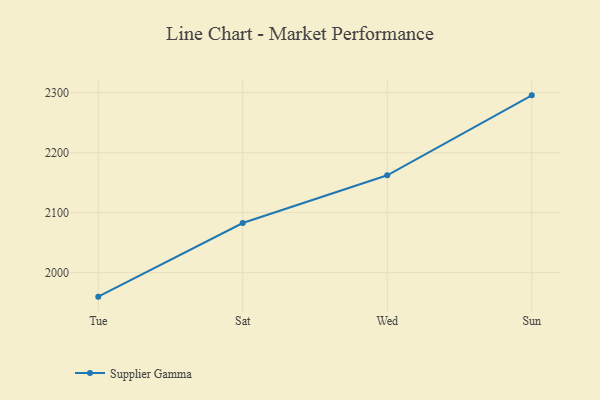
{"axis": {"x": "Day", "y": "Bounce Rate (%)"}, "legend": ["Supplier Gamma"], "data": [{"x": "Tue", "y": 1959.9, "type": "Supplier Gamma"}, {"x": "Sat", "y": 2082.7, "type": "Supplier Gamma"}, {"x": "Wed", "y": 2162.3, "type": "Supplier Gamma"}, {"x": "Sun", "y": 2295.6, "type": "Supplier Gamma"}]}